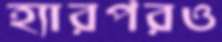
হ্যারপরও